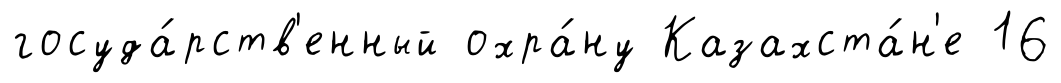
госуда́рств'енный охра́ну Казахста́н'е 16